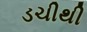
ડચીથી